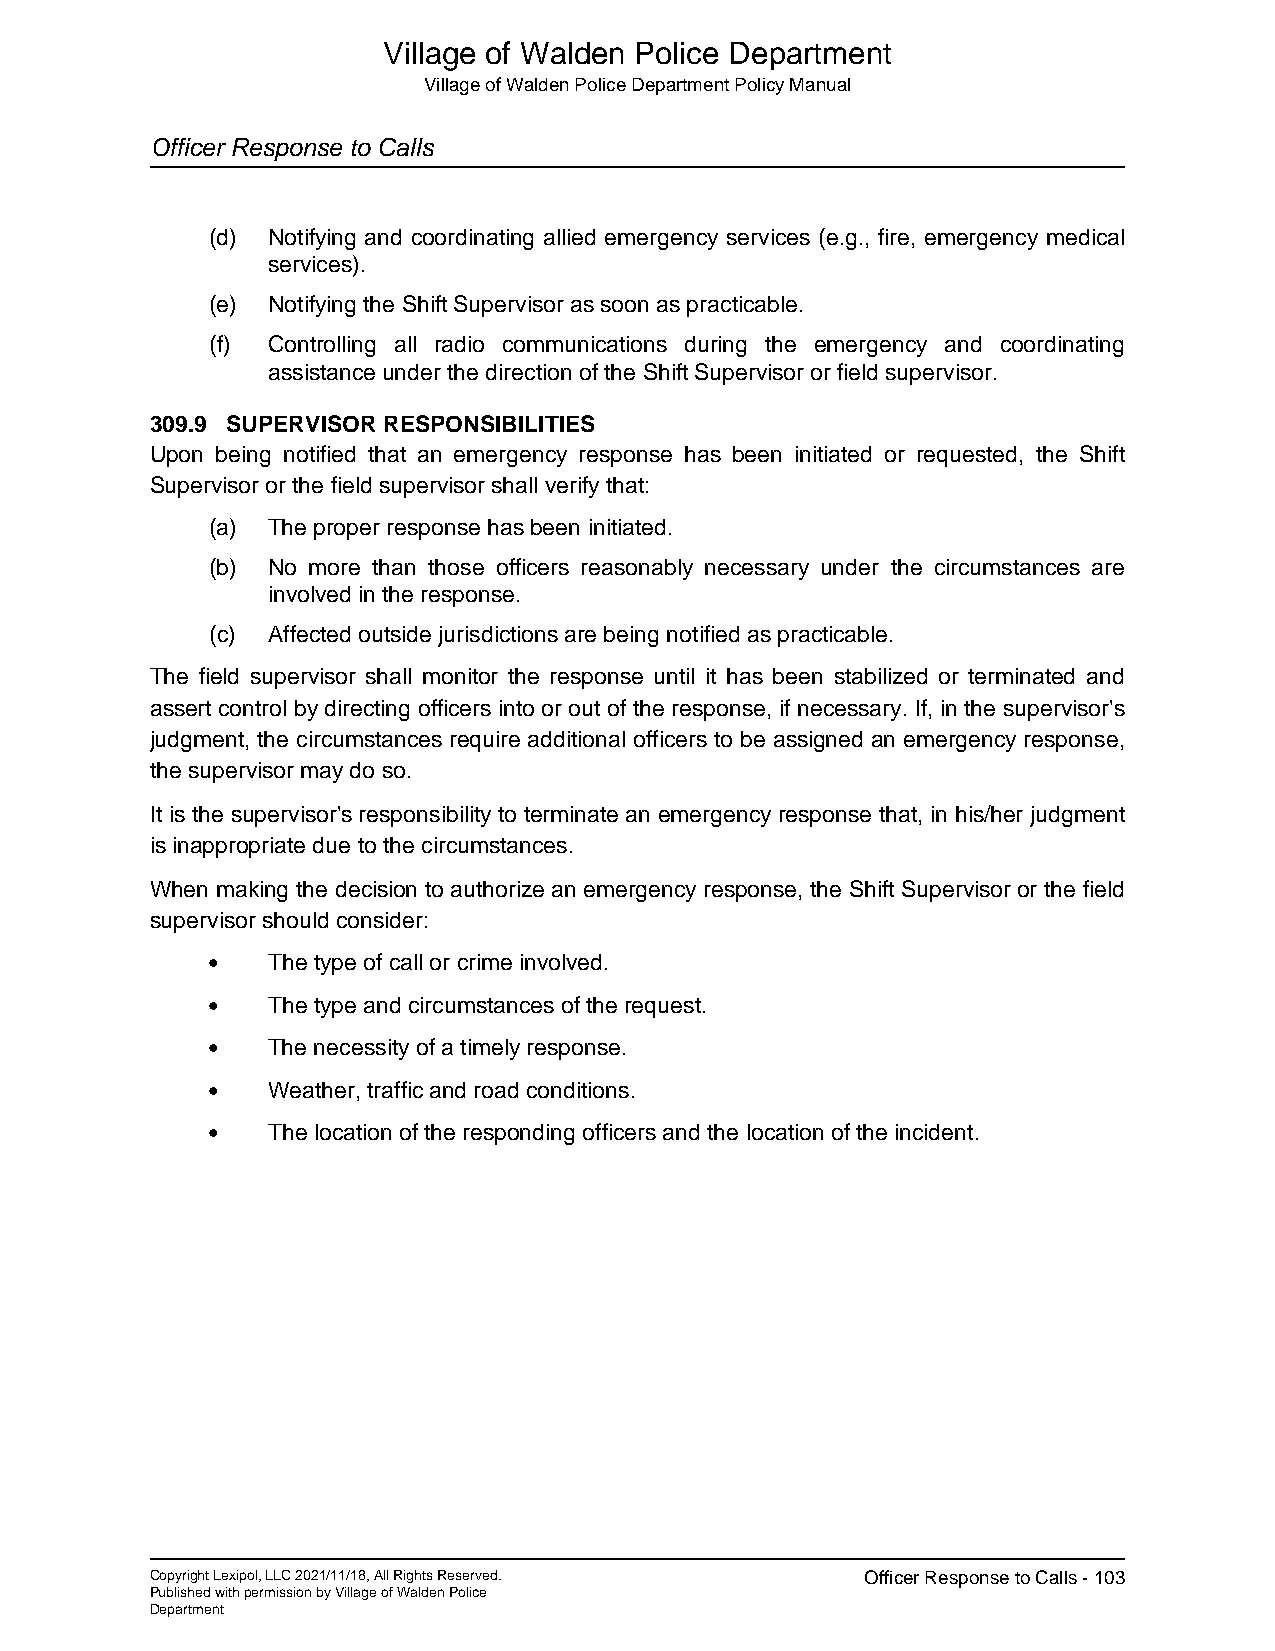
Village of Walden Police Department
 Village of Walden Police Department Policy Manual
 Officer Response to Calls
 (d) Notifying and coordinating allied emergency services (e.g., fire, emergency medical
 services).
 (e) Notifying the Shift Supervisor as soon as practicable.
 (f) Controlling all radio communications during the emergency and coordinating
 assistance under the direction of the Shift Supervisor or field supervisor.
 309.9 SUPERVISOR RESPONSIBILITIES
 Upon being notified that an emergency response has been initiated or requested, the Shift
 Supervisor or the field supervisor shall verify that:
 (a) The proper response has been initiated.
 (b) No more than those officers reasonably necessary under the circumstances are
 involved in the response.
 (c) Affected outside jurisdictions are being notified as practicable.
 The field supervisor shall monitor the response until it has been stabilized or terminated and
 assert control by directing officers into or out of the response, if necessary. If, in the supervisor's
 judgment, the circumstances require additional officers to be assigned an emergency response,
 the supervisor may do so.
 It is the supervisor's responsibility to terminate an emergency response that, in his/her judgment
 is inappropriate due to the circumstances.
 When making the decision to authorize an emergency response, the Shift Supervisor or the field
 supervisor should consider:
 •   The type of call or crime involved.
 •   The type and circumstances of the request.
 •   The necessity of a timely response.
 •   Weather, traffic and road conditions.
 •   The location of the responding officers and the location of the incident.
 Copyright Lexipol, LLC 2021/11/18, All Rights Reserved. Officer Response to Calls - 103
 Published with permission by Village of Walden Police
 Department